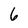
Character: 6